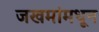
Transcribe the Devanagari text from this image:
जखमांमधून